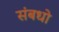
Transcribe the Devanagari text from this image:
संबधो